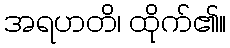
အရဟတိ၊ ထိုက်၏။